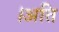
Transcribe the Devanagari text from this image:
।अति